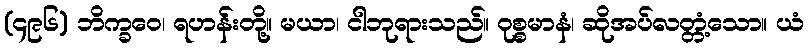
(၄၉၆) ဘိက္ခဝေ၊ ရဟန်းတို့။ မယာ၊ ငါဘုရားသည်။ ဝုစ္စမာနံ၊ ဆိုအပ်လတ္တံ့သော။ ယံ